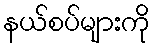
နယ်စပ်များကို